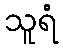
သူရံ